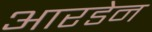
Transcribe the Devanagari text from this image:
आरडेन